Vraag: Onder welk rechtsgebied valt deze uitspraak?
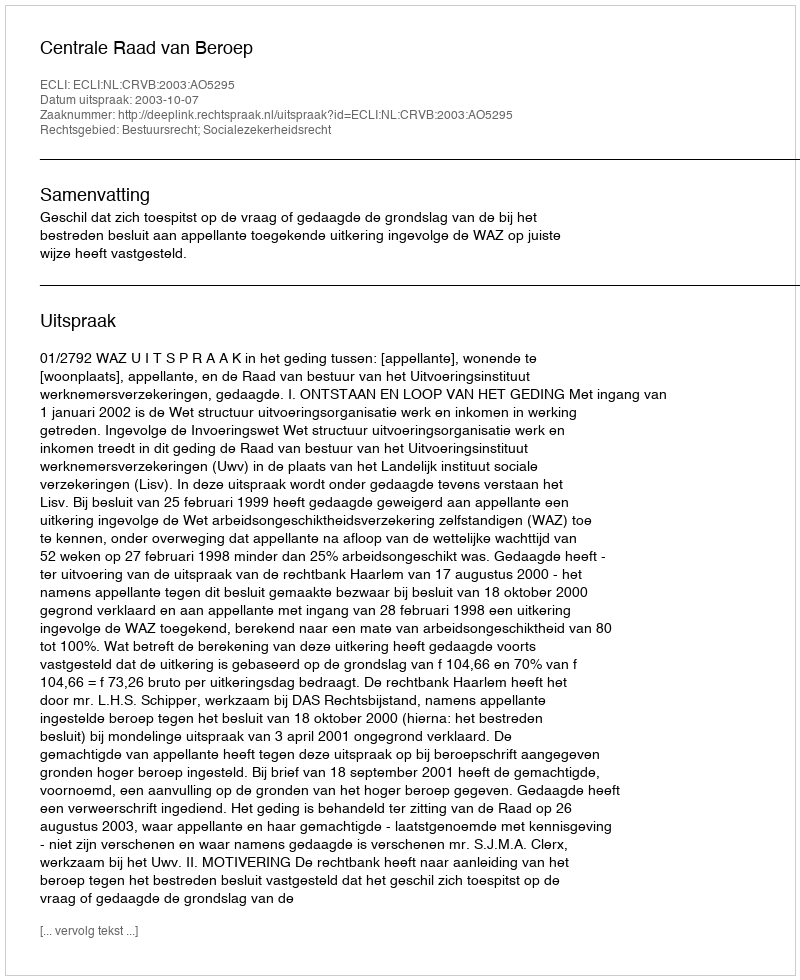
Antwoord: Bestuursrecht; Socialezekerheidsrecht